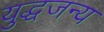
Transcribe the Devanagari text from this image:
युद्धजन्‍य